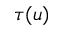
\tau ( u )